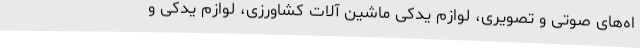
اه‌های صوتی و تصویری، لوازم یدکی ماشین آلات کشاورزی، لوازم یدکی و